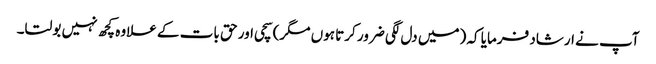
آپ نے ارشاد فرمایا کہ (میں دل لگی ضرور کرتا ہوں مگر) سچی اور حق بات کے علاوہ کچھ نہیں بولتا۔